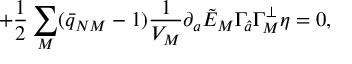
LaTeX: \qquad \qquad \qquad \qquad + { \frac { 1 } { 2 } } \sum _ { M } ( \bar { q } _ { N M } - 1 ) { \frac { 1 } { V _ { M } } } \partial _ { a } \tilde { E } _ { M } \Gamma _ { \hat { a } } \Gamma _ { M } ^ { \perp } \eta = 0 ,